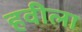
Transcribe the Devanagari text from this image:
हवीला